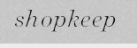
shopkeep